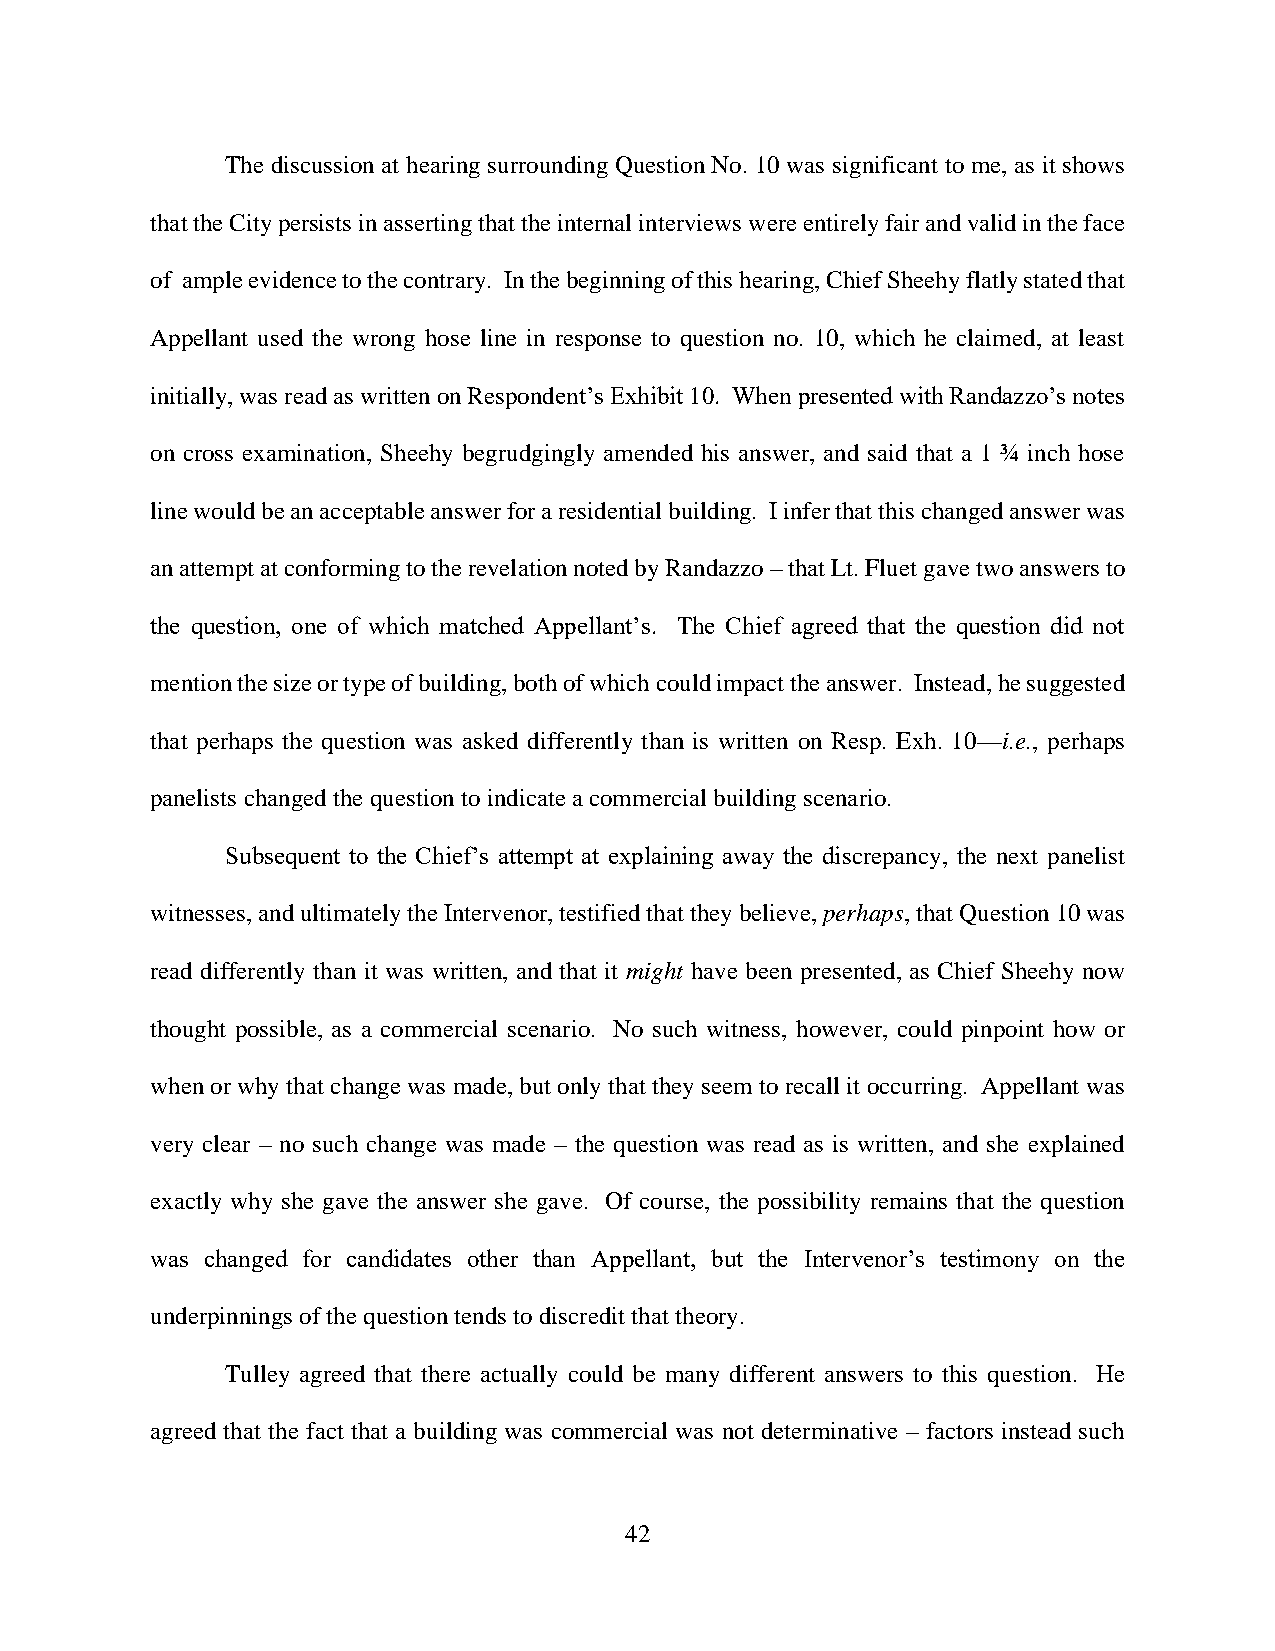
The discussion at hearing surrounding Question No. 10 was significant to me, as it shows
 that the City persists in asserting that the internal interviews were entirely fair and valid in the face
 of ample evidence to the contrary. In the beginning of this hearing, Chief Sheehy flatly stated that
 Appellant used the wrong hose line in response to question no. 10, which he claimed, at least
 initially, was read as written on Respondent’s Exhibit 10. When presented with Randazzo’s notes
 on cross examination, Sheehy begrudgingly amended his answer, and said that a 1 ¾ inch hose
 line would be an acceptable answer for a residential building. I infer that this changed answer was
 an attempt at conforming to the revelation noted by Randazzo – that Lt. Fluet gave two answers to
 the question, one of which matched Appellant’s. The Chief agreed that the question did not
 mention the size or type of building, both of which could impact the answer. Instead, he suggested
 that perhaps the question was asked differently than is written on Resp. Exh. 10—i.e., perhaps
 panelists changed the question to indicate a commercial building scenario.
 Subsequent to the Chief’s attempt at explaining away the discrepancy, the next panelist
 witnesses, and ultimately the Intervenor, testified that they believe, perhaps, that Question 10 was
 read differently than it was written, and that it might have been presented, as Chief Sheehy now
 thought possible, as a commercial scenario. No such witness, however, could pinpoint how or
 when or why that change was made, but only that they seem to recall it occurring. Appellant was
 very clear – no such change was made – the question was read as is written, and she explained
 exactly why she gave the answer she gave. Of course, the possibility remains that the question
 was changed for candidates other than Appellant, but the Intervenor’s testimony on the
 underpinnings of the question tends to discredit that theory.
 Tulley agreed that there actually could be many different answers to this question. He
 agreed that the fact that a building was commercial was not determinative – factors instead such
 42